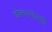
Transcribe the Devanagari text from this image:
डोक्याभोवती